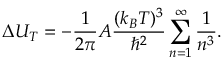
\Delta U _ { T } = - { \frac { 1 } { 2 \pi } } A { \frac { ( k _ { B } T ) ^ { 3 } } { \hbar ^ { 2 } } } \sum _ { n = 1 } ^ { \infty } { \frac { 1 } { n ^ { 3 } } } .